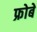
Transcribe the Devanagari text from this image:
फ्रोबे